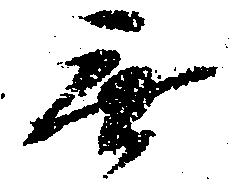
無